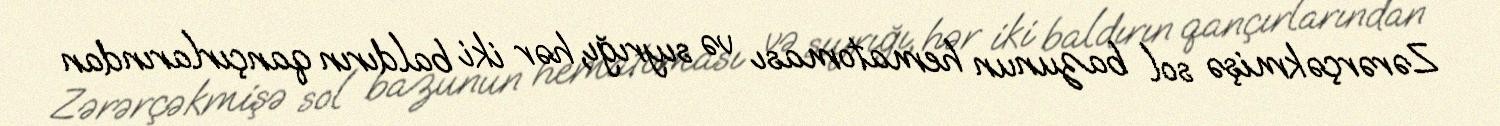
Zərərçəkmişə sol bazunun hematoması və sıyrığı, hər iki baldırın qançırlarından